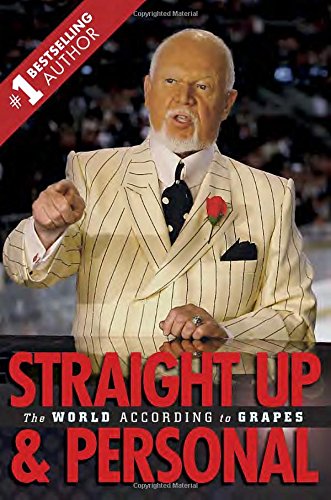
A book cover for Straight Up and Personal: The World According to Grapes; Don Cherry; Biographies & Memoirs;